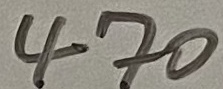
Text: 470